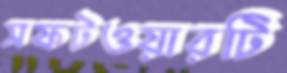
সফটওয়ারটি